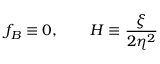
f _ { B } \equiv 0 , \qquad H \equiv \frac { \xi } { 2 \eta ^ { 2 } }